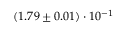
( 1 . 7 9 \pm 0 . 0 1 ) \cdot 1 0 ^ { - 1 }